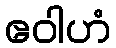
ဧဝါဟံ